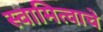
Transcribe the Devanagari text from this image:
स्वामित्वाचे